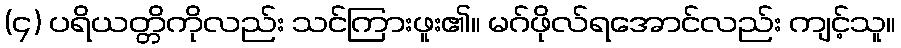
(၄) ပရိယတ္တိကိုလည်း သင်ကြားဖူး၏။ မဂ်ဖိုလ်ရအောင်လည်း ကျင့်သူ။